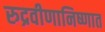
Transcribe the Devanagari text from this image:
रुद्रवीणानिष्णात